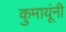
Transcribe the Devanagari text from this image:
कुमायूंनी